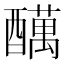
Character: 𲆽